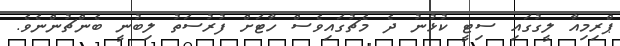
ޕްރިމިއާ ލީގުގައި ސިޓީ ކުޅުނު ދެ މެޗުގައިވެސް ހާޓަށް ފުރުސަތު ލިބުނީ ބެންޗުންނެވެ.